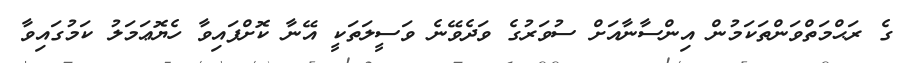
ގެ ރަޙްމަތްވަންތަކަމުން އިންސާނާއަށް ސުވަރުގެ ވަދެވޭނެ ވަސީލަތަކީ އޭނާ ކޮށްފައިވާ ހެޔޮޢަމަލު ކަމުގައިވާ